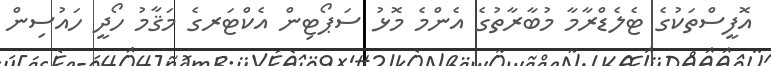
އޮފީސްތަކުގެ ޓެލެޑްރާމާ މުބާރާތުގެ އެންމެ މޮޅު ސަޕޯޓިން އެކްޓަރގެ މަޤާމު ހޯދީ ހައުސިން